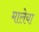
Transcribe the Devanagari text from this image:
मालेया